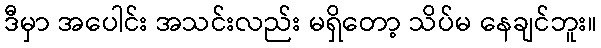
ဒီမှာ အပေါင်း အသင်းလည်း မရှိတော့ သိပ်မ နေချင်ဘူး။